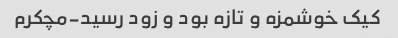
کیک خوشمزه و تازه بود و زود رسید-مچکرم